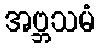
အဗ္ဘသမံ